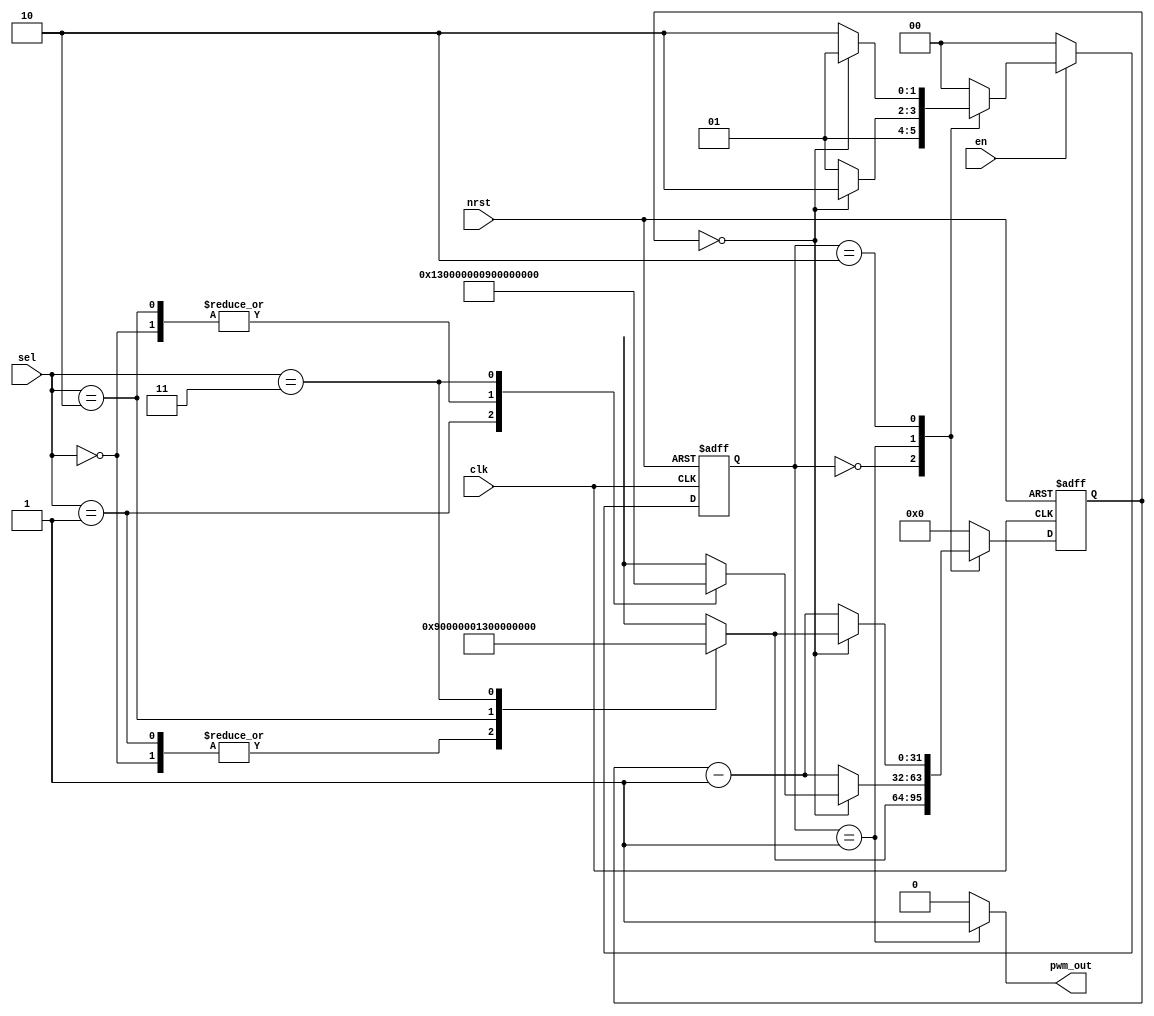
module pwm #(
  parameter SEL0_HI = 32'd10,
  parameter SEL0_LO = 32'd10,
  parameter SEL1_HI = 32'd10,
  parameter SEL1_LO = 32'd20,
  parameter SEL2_HI = 32'd20,
  parameter SEL2_LO = 32'd10,
  parameter SEL3_HI = 32'd100,
  parameter SEL3_LO = 32'd300
  )(
  input  wire       clk,
  input  wire       nrst,
  input  wire       en,
  input  wire [1:0] sel,
  output reg        pwm_out
  );

  reg [31:0] per_hi, per_lo;
  always@(*)
    case(sel)
      2'd0: begin
        per_hi <= SEL0_HI - 1;
        per_lo <= SEL0_LO - 1;
        end
      2'd1: begin
        per_hi <= SEL1_HI - 1;
        per_lo <= SEL1_LO - 1;
        end
      2'd2: begin
        per_hi <= SEL2_HI - 1;
        per_lo <= SEL2_LO - 1;
        end
      2'd3: begin
        per_hi <= SEL3_HI - 1;
        per_lo <= SEL3_LO - 1;
        end
    endcase
  reg [31:0] ctr;

  reg [1:0] state;
  localparam S_IDLE = 0;
  localparam S_HI   = 1;
  localparam S_LO   = 2;
  always@(posedge clk or negedge nrst)
    if (!nrst)
      state <= S_IDLE;
    else
      if (en)
        case(state)
          S_IDLE:
            state <= S_HI;
          S_HI:
            if (ctr == 0)
              state <= S_LO;
            else
              state <= S_HI;
          S_LO:
            if (ctr == 0)
              state <= S_HI;
            else
              state <= S_LO;
          default:
            state <= S_IDLE;
        endcase
      else
        state <= S_IDLE;

  always@(posedge clk or negedge nrst)
    if (!nrst)
      ctr <= 0;
    else
      case(state)
        S_IDLE:
          ctr <= per_hi;
        S_HI:
	  if (ctr == 0)
            ctr <= per_lo;
          else
	    ctr <= ctr - 1;
        S_LO:
	  if (ctr == 0)
            ctr <= per_hi;
          else
            ctr <= ctr - 1;
        default:
          ctr <= 0;
      endcase

  always@(*)
    case(state)
      S_HI:    pwm_out <= 1'b1;
      default: pwm_out <= 0;
    endcase

endmodule